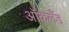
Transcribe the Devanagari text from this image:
आॅकलँड